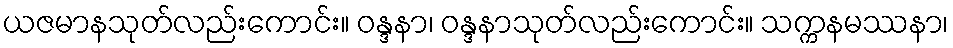
ယဇမာနသုတ်လည်းကောင်း။ ဝန္ဒနာ၊ ဝန္ဒနာသုတ်လည်းကောင်း။ သက္ကနမဿနာ၊